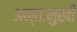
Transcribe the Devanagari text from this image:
अन्तःमुखी